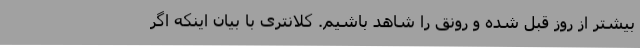
بیشتر از روز قبل شده و رونق را شاهد باشیم. کلانتری با بیان اینکه اگر